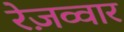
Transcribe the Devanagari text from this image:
रेज़व्वार